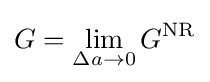
G=\lim _{\Delta a\to 0}G^{\text{NR}}